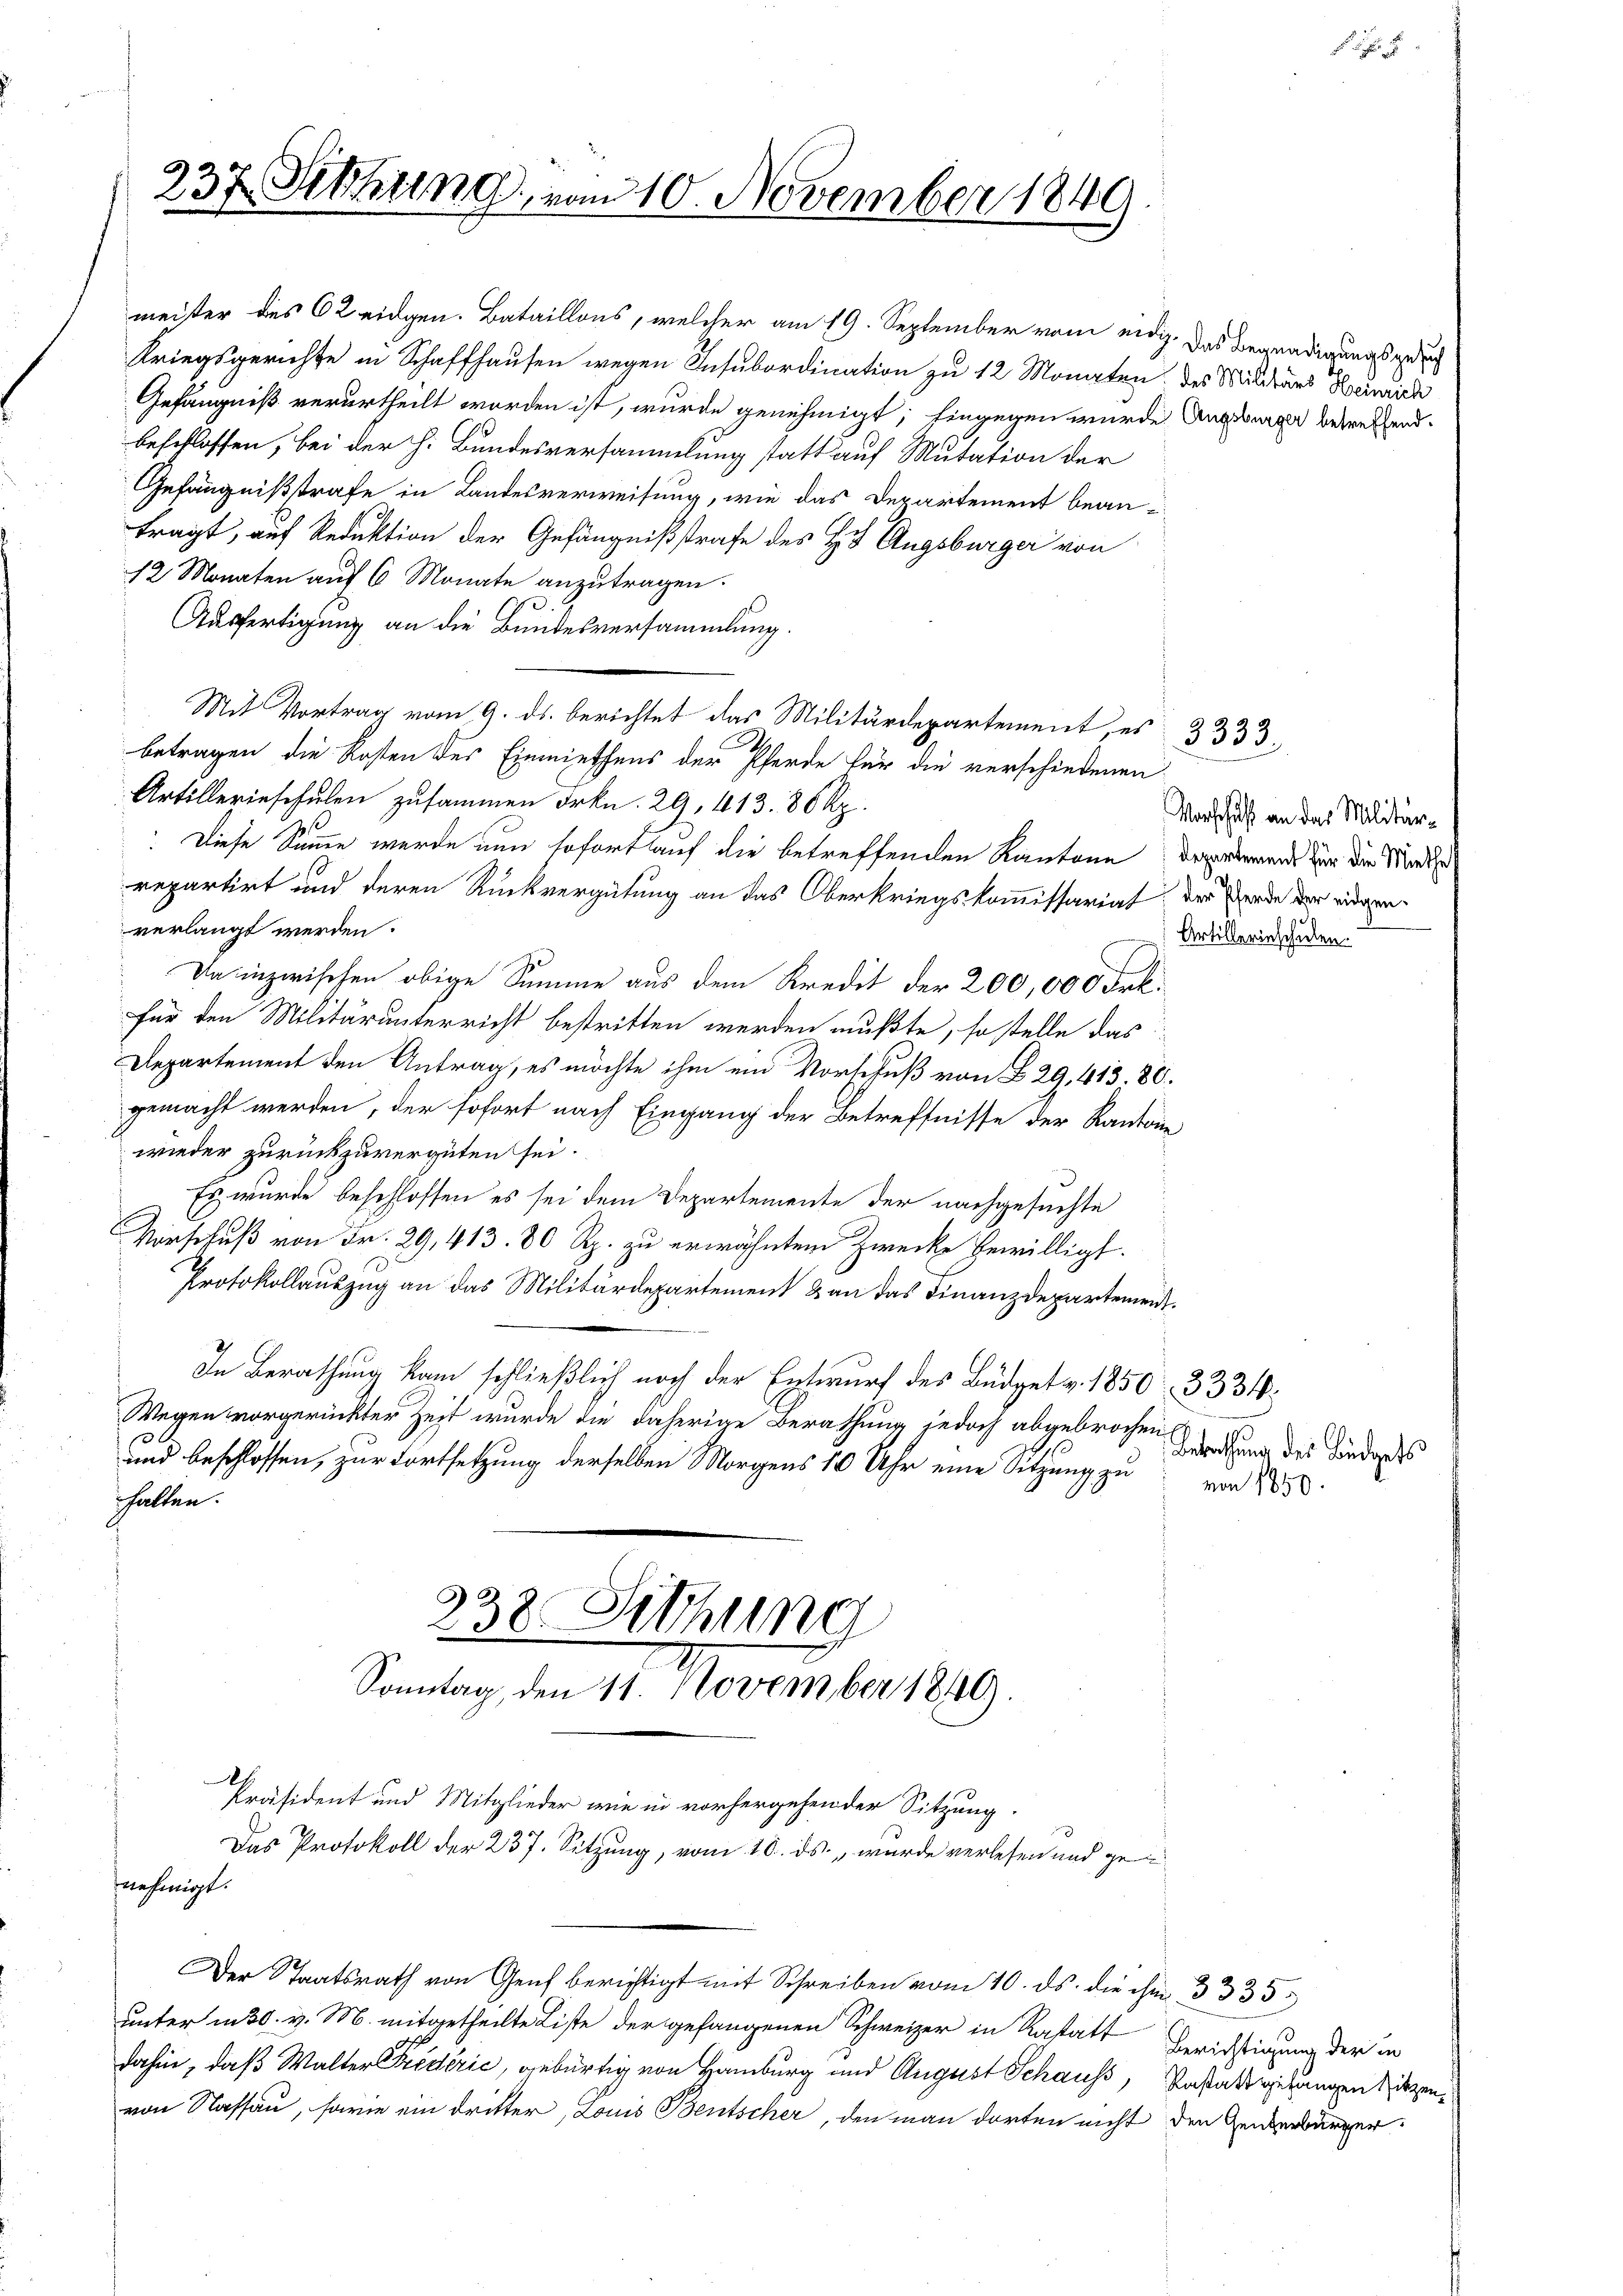
237. Sitzung, vom 10. November 1849

nehmigt.

meister des 62 eidgen. Bataillons, welcher am 19. September vom eidg. Das Begnadigungsgerich
Kriegsgerichte in Schaffhausen wegen Insubordination zu 12 Monaten des Militärs Heinrich
Gefängniß verurtheilt worden ist, wurde genehmigt; hingegen wurde Angebungen betreffend.
beschlossen, bei der h. Bundesversammlung statt auf Mutation der
Gefängnißstrafe in Landesverweisung, wie das Departement beantragt, auf Reduktion der Gefängnißstrafe des H. Augsburger von
12 Monaten auf 6 Monate anzutragen.
Ausfertigung an die Bundesversammlung.
Mit Vortrag vom 9. ds. berichtet das Militärdepartement, es 333.
betragen die Kosten des Einmiethens der Pferde für die verschiedenen
Artillerieschulen zusammen Frkn. 29, 413. 80 Rp.
: Diese Samme wurde nun sofortlauf die betreffenden Kantone darierend für die Morde
repartirt und deren Rückvergütung an das Oberkriegskommissariat der Werde der eidgen
verlangt werden.
Da inzwischen obige Summe aus dem Kredit der 200,000 Frk.
für den Militärunterricht bestritten werden mußte, so stelle das
Departement den Antrag, es möchte ihm ein Vorschuß von § 29, 413. 80.
gemacht werden, der sofort nach Eingang der Betreffnisse der Kantone
wieder zurückzuvergüten sei.
Es wurde beschlossen es sei dem Departemente der nachgesuchte
Vorschuß von Fr. 29, 413. 80 Rp. zu erwähntem Zwecke bewilligt.
s
Protokollauszug an das Militärdepartement & an das Finanzdepartement
In Berathung kam schließlich noch der Entwurf des Büdgetz. 1850. 3334:
Wegen vorgerückter Zeit wurde die daherige Berathung jedoch abgebrochen
und beschlossen, zur Fortsetzung derselben Morgens 10 Uhr eine Sitzung zu von 100
thalten.
238. Sitzung

Der Staatsrath von Genf berichtigt mit Schreiben vom 10. ds. die ihm 3335
unter in 30. v. M. mitgetheilte Liste der gefangenen Schweizer in Kastatt Berichtigung der in
dahin, daß Walter Fredérić, gebürtig von Hamburg und August Schaus, Pestattgebungen sitzenvon Nassau, sowie ein dritter, Louis Bentscher, den man dorten nicht den Generbürger

Präsident und Mitglieder wie in vorhergehen der Sitzung.
Das Protokoll der 237. Sitzung, vom 10. ds. wurde verlesen und ge¬

Sonntag, den 11. November 1840.

5

Vorschuß an das Militär¬
Artillerinschulen.

Betretung des Büdgets